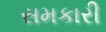
સમકારી